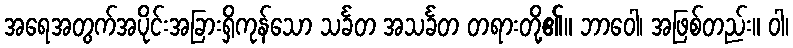
အရေအတွက်အပိုင်းအခြားရှိကုန်သော သင်္ခတ အသင်္ခတ တရားတို့၏။ ဘာဝေါ၊ အဖြစ်တည်း။ ဝါ၊